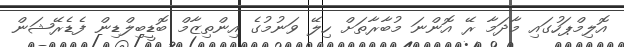
އޮލިމްޕަހުގައި މާދަމާ ރޭ އޮންނަ މުބާރާތަށް ހިލޭ ވަނުމުގެ އިންތިޒާމް ބޮޑީބިލްޑިން ފެޑެރޭޝަން